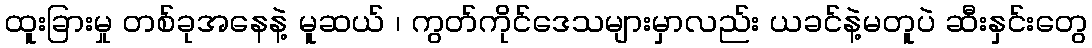
ထူးခြားမှု တစ်ခုအနေနဲ့ မူဆယ် ၊ ကွတ်ကိုင်ဒေသများမှာလည်း ယခင်နဲ့မတူပဲ ဆီးနှင်းတွေ